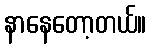
နာနေတော့တယ်။